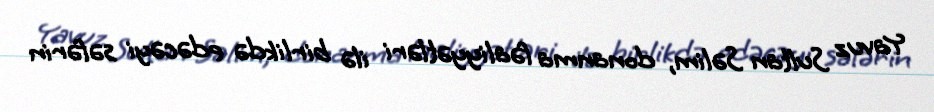
Yavuz Sultan Səlim, donanma fəaliyyətləri ilə birlikdə edəcəyi səfərin